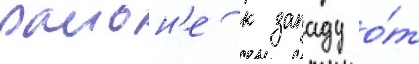
раион'е к западу о́т